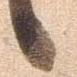
候